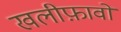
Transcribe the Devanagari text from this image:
खलीफ़ावों